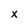
Character: x